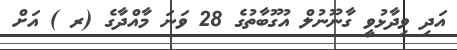
އަދި ވިދާޅުވީ ގާނޫނުލް އުގޫބާތުގެ 28 ވަނަ މާއްދާގެ (ރ ) އަށް